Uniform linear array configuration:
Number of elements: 24
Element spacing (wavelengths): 0.5
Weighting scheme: blackman
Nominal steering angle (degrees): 0
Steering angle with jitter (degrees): -1.045
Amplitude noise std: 0.05
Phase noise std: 0.05

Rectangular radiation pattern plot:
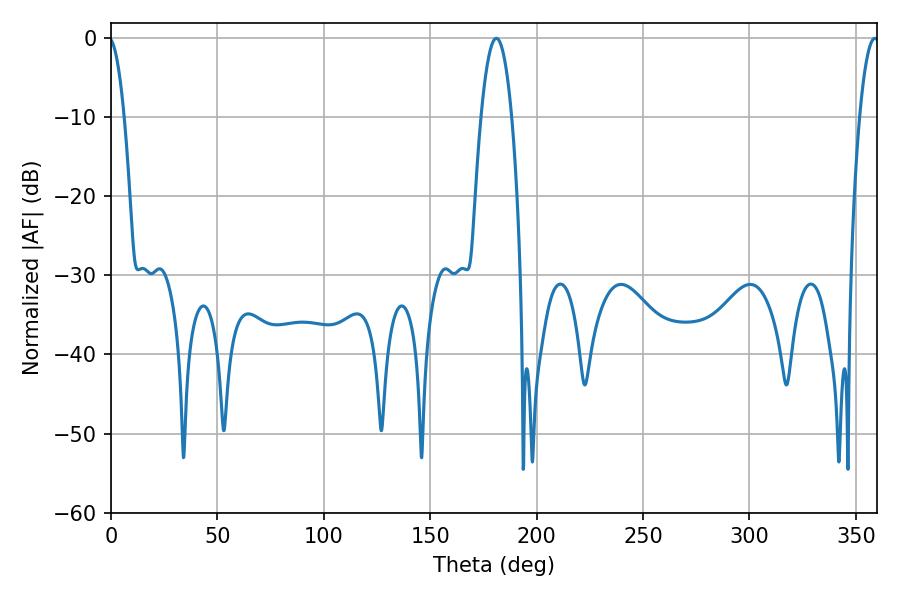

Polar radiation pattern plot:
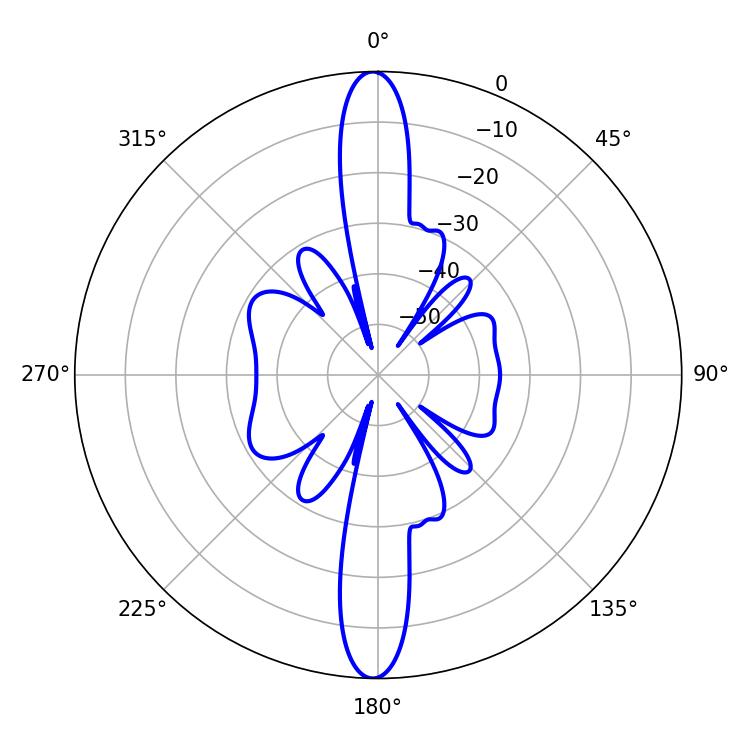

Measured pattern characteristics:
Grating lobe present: FALSE
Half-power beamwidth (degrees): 7.92
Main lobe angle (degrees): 181.08